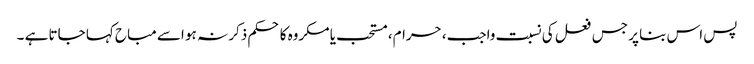
پس اس بنا پر جس فعل کی نسبت واجب، حرام، مستحب یا مکروه کا حکم ذکر نہ ہو اسے مباح کہا جاتا ہے ۔